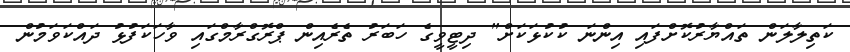
ކަތިލާލަން ތައްޔާރުކޮށްފައި އިންނަ ކުކުޅަކަށް" ދިޓީވީގެ ހަބަރު ތެރެއިން ޕްރޮގްރާމްގައި ވާހަކަފުޅު ދައްކަވަމުން